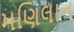
મણિલાન